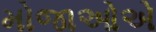
મોજાઓએ